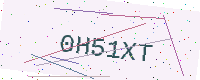
Text: 0H51XT